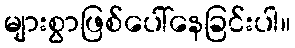
များစွာဖြစ်ပေါ်နေခြင်းပါ။